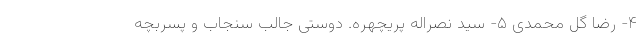
۴- رضا گل محمدی ۵- سید نصراله پریچهره. دوستی جالب سنجاب و پسربچه